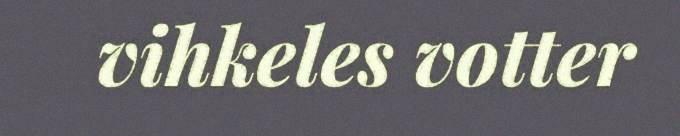
vihkeles votter